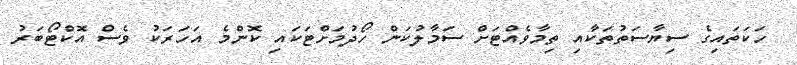
ހަކަތައިގެ ސިޔާސަތުތަކާއި ތިމާވެއްޓަށް ސަމާލުކަން ހޯދުމަށްޓަކައި ކޮންމެ އަހަރަކު ވެސް އޮކްޓޯބަރު